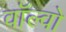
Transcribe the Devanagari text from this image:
वॉल्‍वो